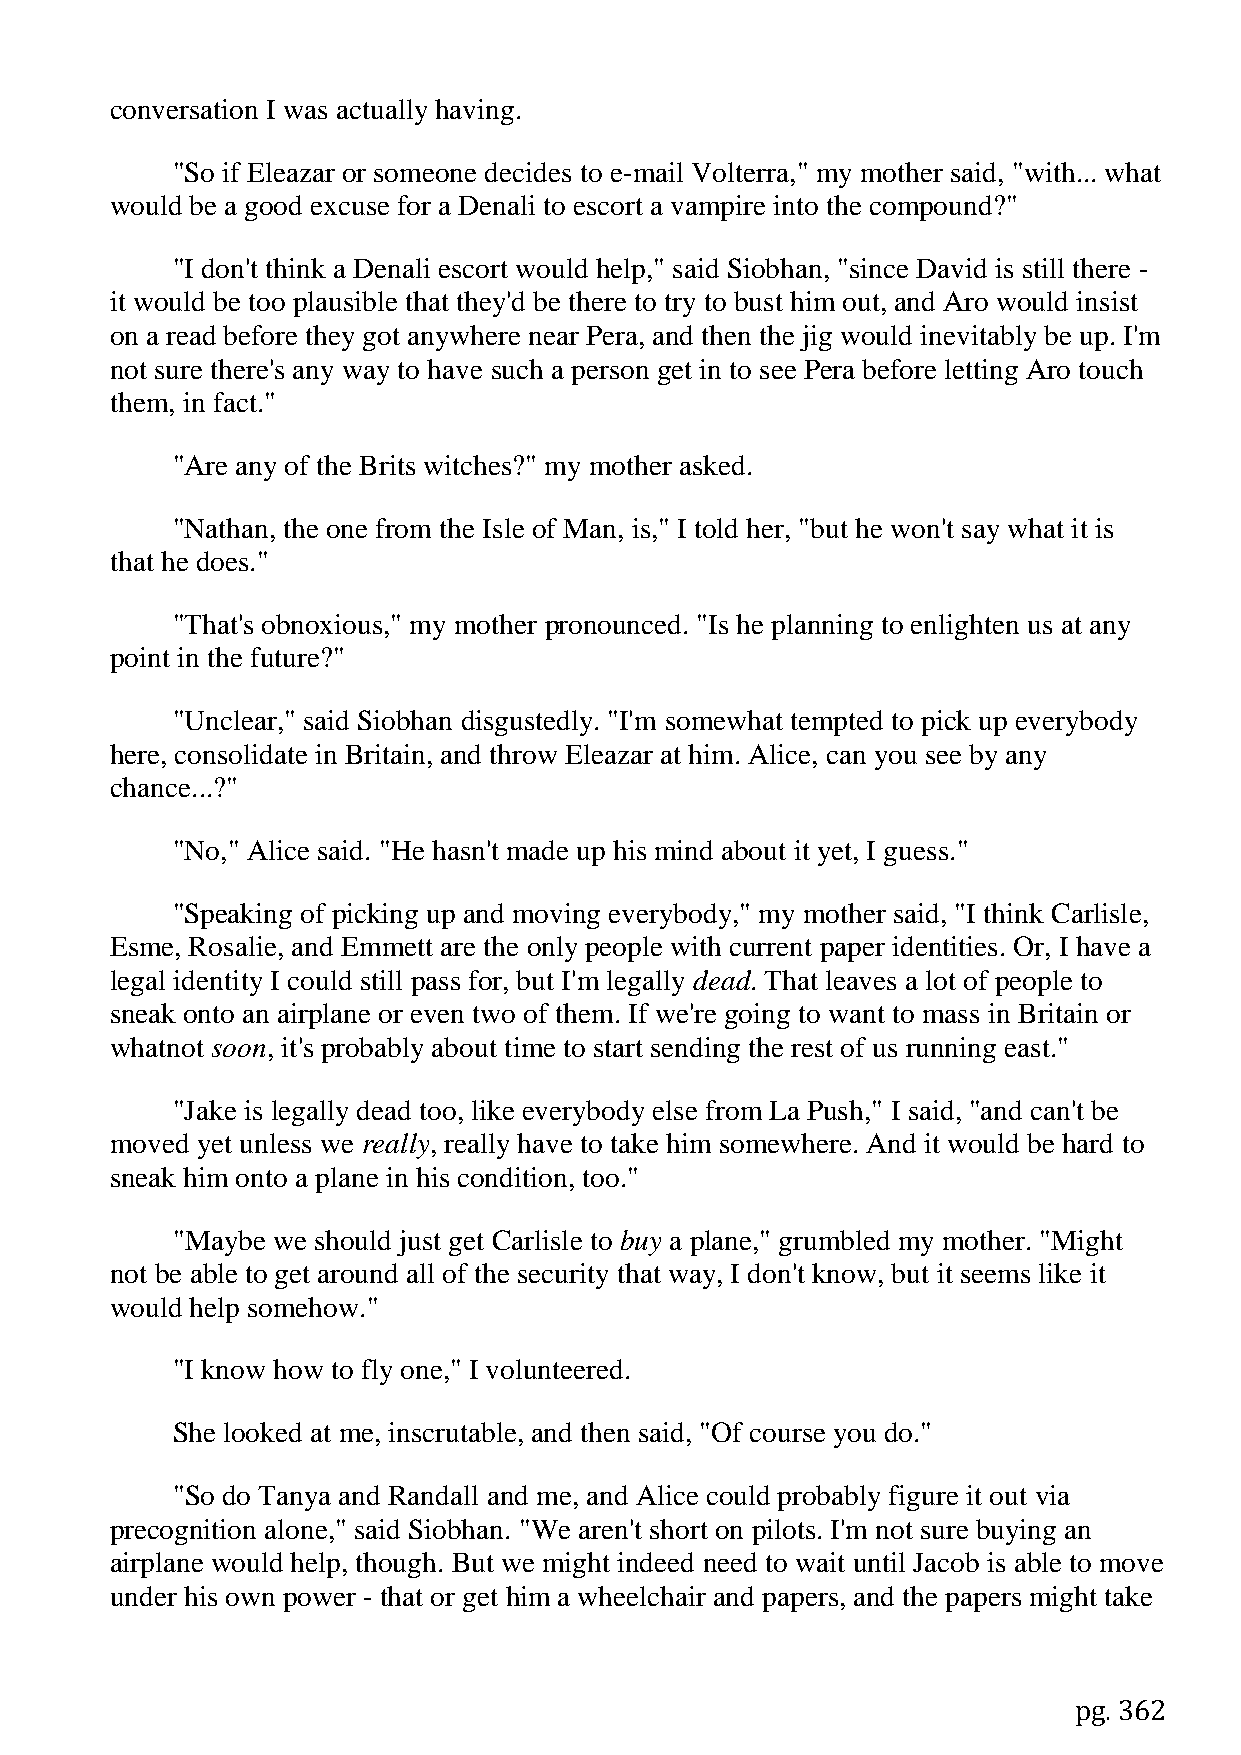
conversation I was actually having.
 "So if Eleazar or someone decides to e-mail Volterra," my mother said, "with... what
 would be a good excuse for a Denali to escort a vampire into the compound?"
 "I don't think a Denali escort would help," said Siobhan, "since David is still there -
 it would be too plausible that they'd be there to try to bust him out, and Aro would insist
 on a read before they got anywhere near Pera, and then the jig would inevitably be up. I'm
 not sure there's any way to have such a person get in to see Pera before letting Aro touch
 them, in fact."
 "Are any of the Brits witches?" my mother asked.
 "Nathan, the one from the Isle of Man, is," I told her, "but he won't say what it is
 that he does."
 "That's obnoxious," my mother pronounced. "Is he planning to enlighten us at any
 point in the future?"
 "Unclear," said Siobhan disgustedly. "I'm somewhat tempted to pick up everybody
 here, consolidate in Britain, and throw Eleazar at him. Alice, can you see by any
 chance...?"
 "No," Alice said. "He hasn't made up his mind about it yet, I guess."
 "Speaking of picking up and moving everybody," my mother said, "I think Carlisle,
 Esme, Rosalie, and Emmett are the only people with current paper identities. Or, I have a
 legal identity I could still pass for, but I'm legally dead. That leaves a lot of people to
 sneak onto an airplane or even two of them. If we're going to want to mass in Britain or
 whatnot soon, it's probably about time to start sending the rest of us running east."
 "Jake is legally dead too, like everybody else from La Push," I said, "and can't be
 moved yet unless we really, really have to take him somewhere. And it would be hard to
 sneak him onto a plane in his condition, too."
 "Maybe we should just get Carlisle to buy a plane," grumbled my mother. "Might
 not be able to get around all of the security that way, I don't know, but it seems like it
 would help somehow."
 "I know how to fly one," I volunteered.
 She looked at me, inscrutable, and then said, "Of course you do."
 "So do Tanya and Randall and me, and Alice could probably figure it out via
 precognition alone," said Siobhan. "We aren't short on pilots. I'm not sure buying an
 airplane would help, though. But we might indeed need to wait until Jacob is able to move
 under his own power - that or get him a wheelchair and papers, and the papers might take
 pg. 362